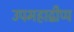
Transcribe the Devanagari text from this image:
उपमहाद्वीप्प